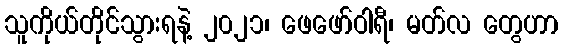
သူကိုယ်တိုင်သွားရနဲ့ ၂၀၂၁၊ ဖေဖော်ဝါရီ၊ မတ်လ တွေဟာ